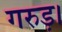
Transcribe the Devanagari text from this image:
गरुड़।